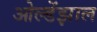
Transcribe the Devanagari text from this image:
ओल्डेंझाल